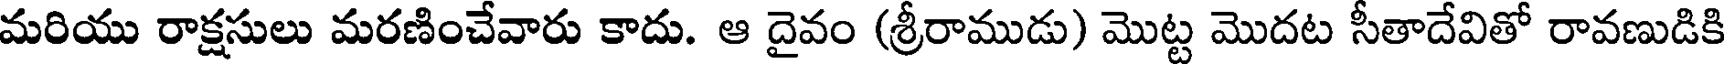
మరియు రాక్షసులు మరణించేవారు కాదు. ఆ దైవం (శ్రీరాముడు) మొట్ట మొదట సీతాదేవితో రావణుడికి